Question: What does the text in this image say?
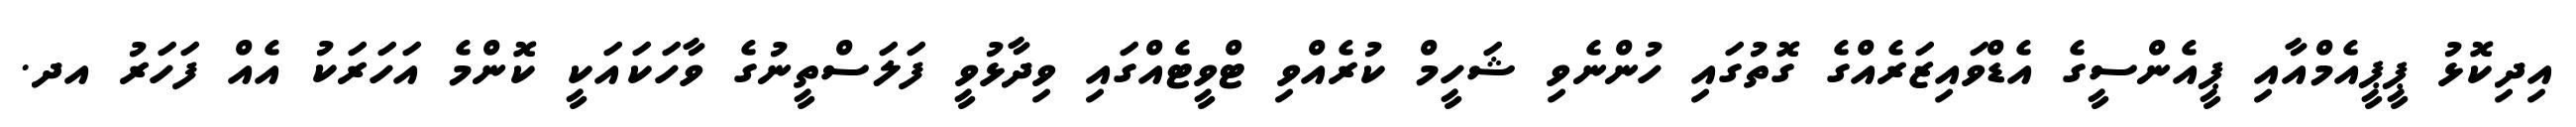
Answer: އިދިކޮޅު ޕީޕީއެމްއާއި ޕީއެންސީގެ އެޑްވައިޒަރެއްގެ ގޮތުގައި ހުންނެވި ޝަހީމް ކުރެއްވި ޓްވީޓެއްގައި ވިދާޅުވީ ފަލަސްތީނުގެ ވާހަކައަކީ ކޮންމެ އަހަރަކު އެއް ފަހަރު އދ.